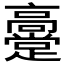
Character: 𬴞